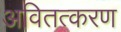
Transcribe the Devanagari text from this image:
अवितत्करण